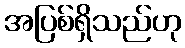
အပြစ်ရှိသည်ဟု